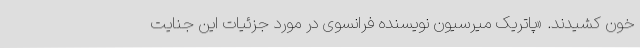
خون کشیدند. «پاتریک میرسیون نویسنده فرانسوی در مورد جزئیات این جنایت